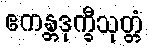
ဧကန္တဒုက္ခီသုတ္တံ